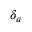
\delta _ { a }